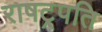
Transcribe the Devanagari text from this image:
राषट्रपति